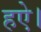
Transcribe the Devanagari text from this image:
हऐ।